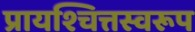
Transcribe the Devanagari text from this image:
प्रायश्चित्तस्वरूप